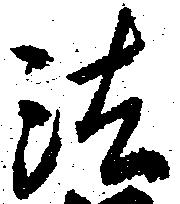
法